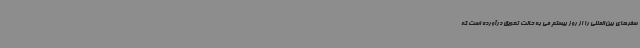
سفرهای بین‌المللی را از روز بیستم می به حالت تعویق درآورده است که